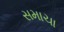
સમાચા